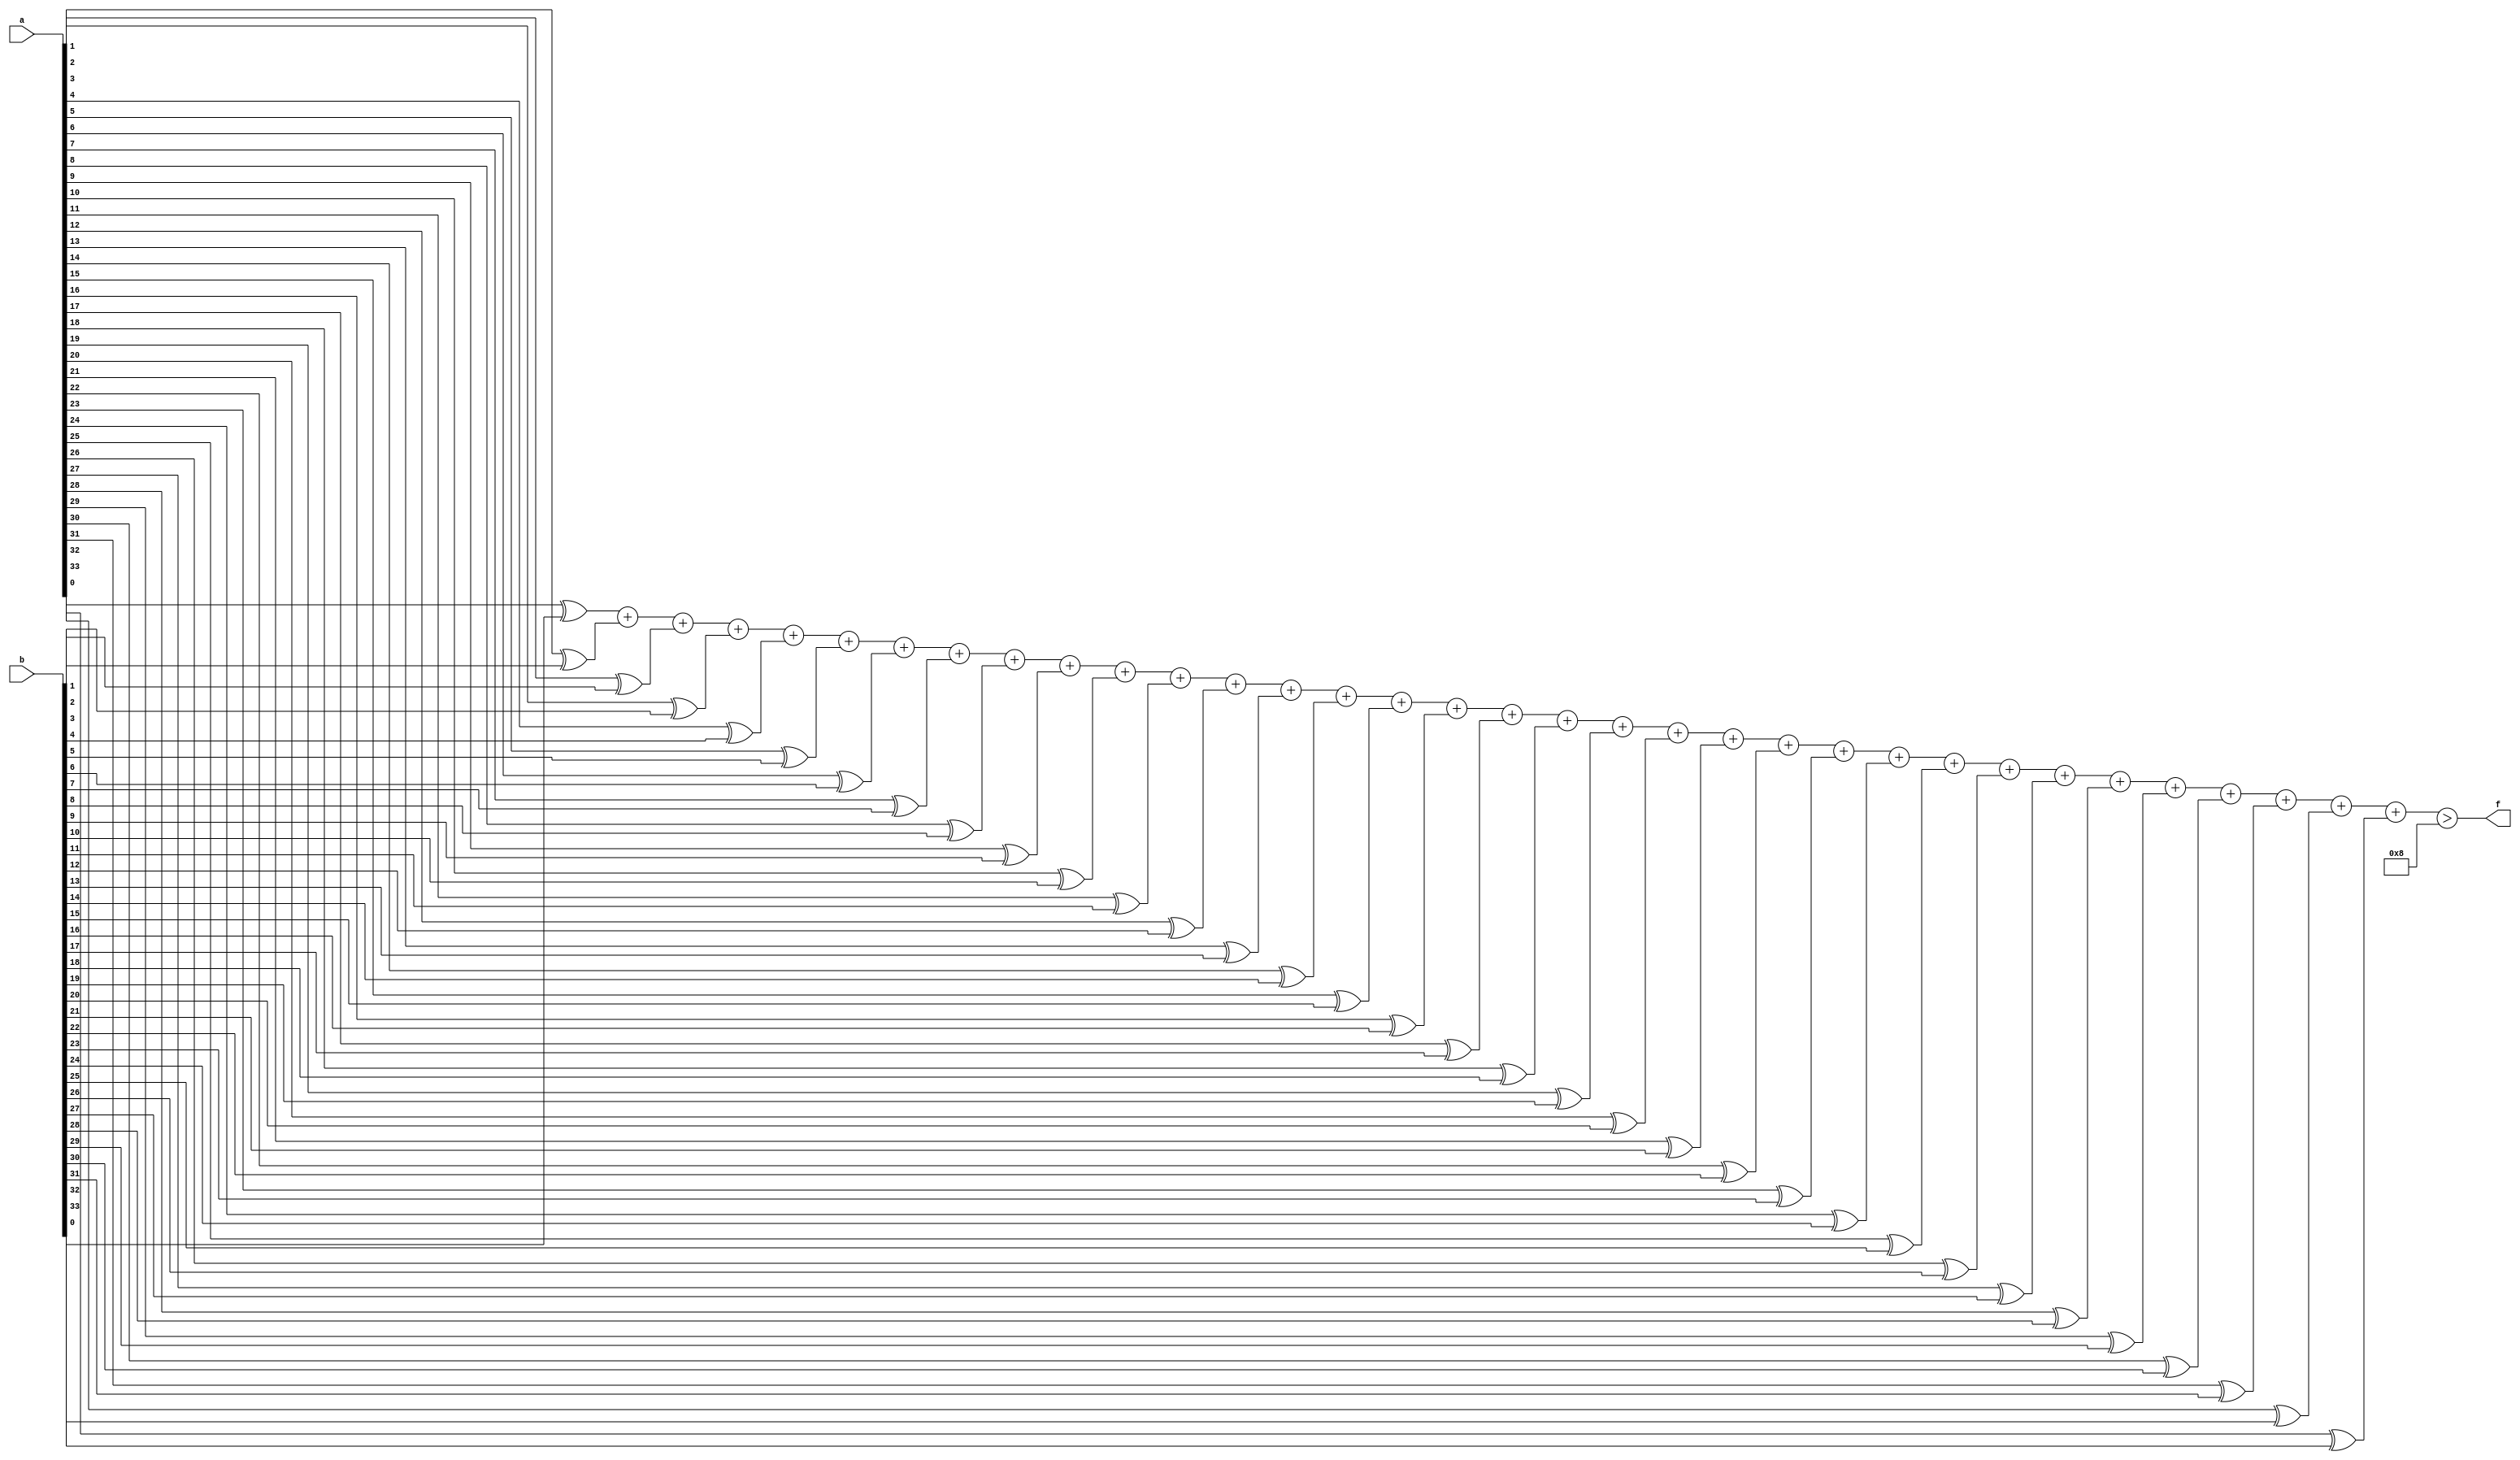
module mhd_mit(a, b, f);
parameter _bit = 34;
parameter mhd = 8;
input [_bit - 1: 0] a;
input [_bit - 1: 0] b;
output f;
wire [_bit - 1: 0] diff;
wire [6: 0] sum;
assign diff[0] = a[0] ^ b[0];
assign diff[1] = a[1] ^ b[1];
assign diff[2] = a[2] ^ b[2];
assign diff[3] = a[3] ^ b[3];
assign diff[4] = a[4] ^ b[4];
assign diff[5] = a[5] ^ b[5];
assign diff[6] = a[6] ^ b[6];
assign diff[7] = a[7] ^ b[7];
assign diff[8] = a[8] ^ b[8];
assign diff[9] = a[9] ^ b[9];
assign diff[10] = a[10] ^ b[10];
assign diff[11] = a[11] ^ b[11];
assign diff[12] = a[12] ^ b[12];
assign diff[13] = a[13] ^ b[13];
assign diff[14] = a[14] ^ b[14];
assign diff[15] = a[15] ^ b[15];
assign diff[16] = a[16] ^ b[16];
assign diff[17] = a[17] ^ b[17];
assign diff[18] = a[18] ^ b[18];
assign diff[19] = a[19] ^ b[19];
assign diff[20] = a[20] ^ b[20];
assign diff[21] = a[21] ^ b[21];
assign diff[22] = a[22] ^ b[22];
assign diff[23] = a[23] ^ b[23];
assign diff[24] = a[24] ^ b[24];
assign diff[25] = a[25] ^ b[25];
assign diff[26] = a[26] ^ b[26];
assign diff[27] = a[27] ^ b[27];
assign diff[28] = a[28] ^ b[28];
assign diff[29] = a[29] ^ b[29];
assign diff[30] = a[30] ^ b[30];
assign diff[31] = a[31] ^ b[31];
assign diff[32] = a[32] ^ b[32];
assign diff[33] = a[33] ^ b[33];
assign sum = diff[0] + diff[1] + diff[2] + diff[3] + diff[4] + diff[5] + diff[6] + diff[7] + diff[8] + diff[9] + diff[10] + diff[11] + diff[12] + diff[13] + diff[14] + diff[15] + diff[16] + diff[17] + diff[18] + diff[19] + diff[20] + diff[21] + diff[22] + diff[23] + diff[24] + diff[25] + diff[26] + diff[27] + diff[28] + diff[29] + diff[30] + diff[31] + diff[32] + diff[33];
assign f = (sum > mhd);
endmodule